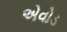
એવોડ